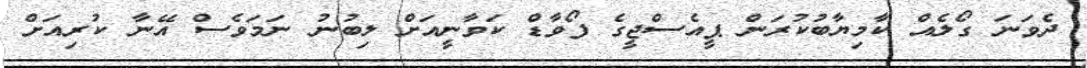
ދެވަނަ ގޯލެއް ކާމިޔާބުކުރަން ޕީއެސްޖީގެ ފޯވާޑް ކަވާނީއަށް ލިބުނު ނަމަވެސް އޭނާ ކުރިއަށް